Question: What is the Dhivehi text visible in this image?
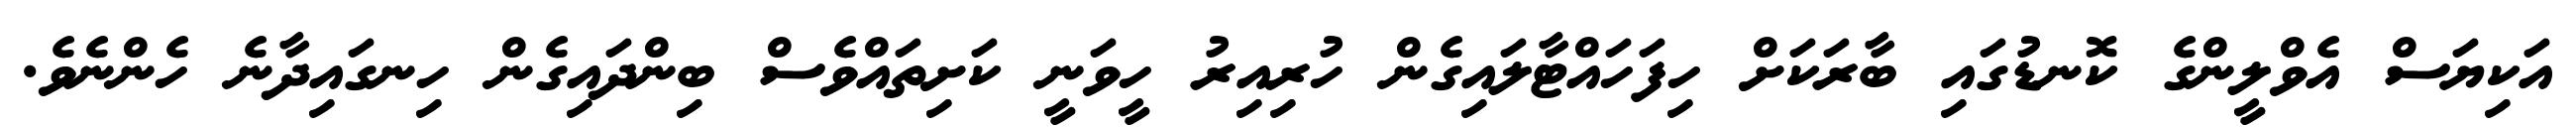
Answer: އަކިޔަސް އެވްލީންގެ ކޮނޑުގައި ބާރަކަށް ހިފަހައްޓާލައިގެން ހުރިއިރު ހީވަނީ ކަށިތައްވެސް ބިންދައިގެން ހިނގައިދާނެ ހެންނެވެ.